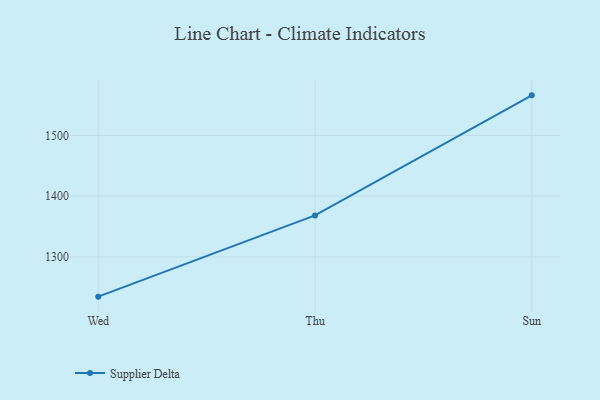
{"axis": {"x": "Day", "y": "Website Visitors"}, "legend": ["Supplier Delta"], "data": [{"x": "Wed", "y": 1234.7, "type": "Supplier Delta"}, {"x": "Thu", "y": 1368.4, "type": "Supplier Delta"}, {"x": "Sun", "y": 1565.9, "type": "Supplier Delta"}]}